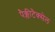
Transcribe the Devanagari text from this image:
पैक्लीटैक्सेल